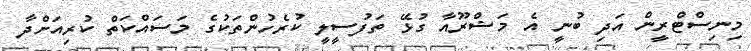
މިނިސްޓްރީން އަދި ބުނީ އެ މަޝްރޫއާ ގުޅޭ ތަފުސީލީ ކުރެހުންތަކުގެ މަސައްކަތް ކުރިއަށްދާ